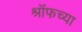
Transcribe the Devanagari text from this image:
श्रॉफच्या